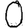
Digit: 0